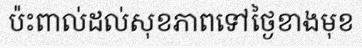
ប៉ះពាល់ដល់សុខភាពទៅថ្ងៃខាងមុខ